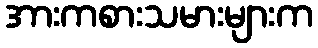
အားကစားသမားများက